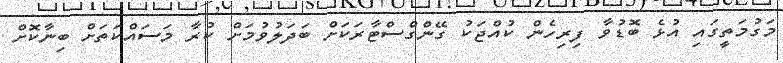
މަގުމަތީގައި އުޅެ ބޮޑުވާ ފިރިހެން ކުއްޖަކު ގޭންގްސްޓާރަކަށް ބަދަލުވުމަށް ކުރާ މަސައްކަތަށް ބިނާކޮށް